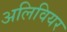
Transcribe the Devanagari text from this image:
अलिवियर